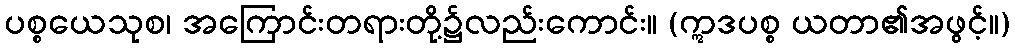
ပစ္စယေသုစ၊ အကြောင်းတရားတို့၌လည်းကောင်း။ (ဣဒပစ္စ ယတာ၏အဖွင့်။)